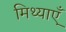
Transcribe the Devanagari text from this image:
मिथ्याएँ